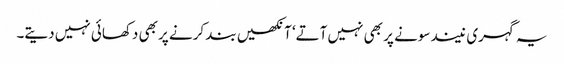
یہ گہری نیند سونے پر بھی نہیں آتے‘ آنکھیں بند کرنے پر بھی دکھائی نہیں دیتے۔